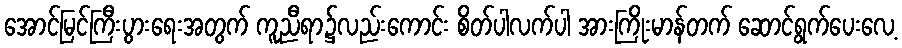
အောင်မြင်ကြီးပွားရေးအတွက် ကူညီရာ၌လည်းကောင်း စိတ်ပါလက်ပါ အားကြိုးမာန်တက် ဆောင်ရွက်ပေးလေ့